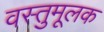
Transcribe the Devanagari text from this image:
वस्तुमूलक